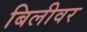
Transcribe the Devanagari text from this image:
बिलीवर